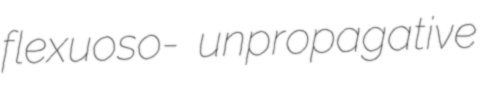
flexuoso- unpropagative